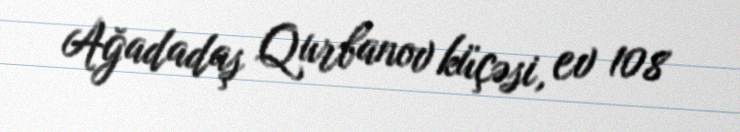
Ağadadaş Qurbanov küçəsi, ev 108